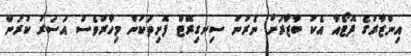
އިންޒާރުގެ ފޮޓޯއާ އެކު ބާޒާރަށް ނެރުނު ސިނގިރޭޓް ފޮށިތަކުން މިހާރުވެސް އަސަރު ކުރަން